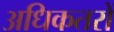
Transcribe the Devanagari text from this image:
अधिकतरों